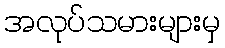
အလုပ်သမားများမှ